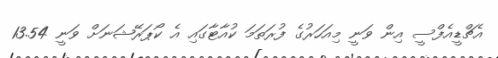
އެޗްޑީއެފްސީ އިން ވަނީ މިއަހަރުގެ ފުރަތަމަ ކުއާޓާގައި އެ ކޯޕަރޭޝަނަށް ވަނީ 13.54